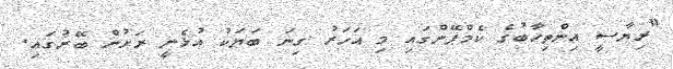
"ރިޔާސީ އިންތިހާބުގެ ކެމްޕޭންގައި މި އަހަރު ގިނަ ބަޔަކު އުޅެނީ ރަށުން ބޭރުގައި.